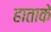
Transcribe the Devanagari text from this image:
हाताके